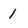
Character: 1